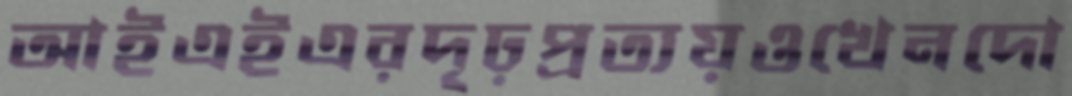
আইএইএরদৃঢ়প্রত্যয়ওখেনদো